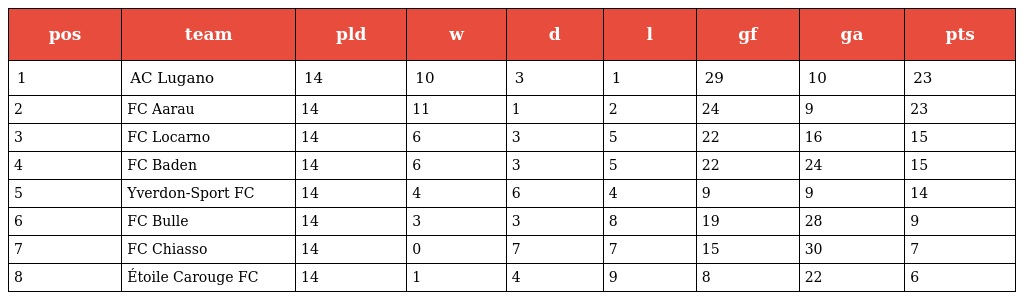
| pos | team | pld | w | d | l | gf | ga | pts |
 | --- | --- | --- | --- | --- | --- | --- | --- | --- |
 | 1 | AC Lugano | 14 | 10 | 3 | 1 | 29 | 10 | 23 |
 | 2 | FC Aarau | 14 | 11 | 1 | 2 | 24 | 9 | 23 |
 | 3 | FC Locarno | 14 | 6 | 3 | 5 | 22 | 16 | 15 |
 | 4 | FC Baden | 14 | 6 | 3 | 5 | 22 | 24 | 15 |
 | 5 | Yverdon-Sport FC | 14 | 4 | 6 | 4 | 9 | 9 | 14 |
 | 6 | FC Bulle | 14 | 3 | 3 | 8 | 19 | 28 | 9 |
 | 7 | FC Chiasso | 14 | 0 | 7 | 7 | 15 | 30 | 7 |
 | 8 | Étoile Carouge FC | 14 | 1 | 4 | 9 | 8 | 22 | 6 |